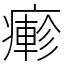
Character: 𤺋